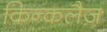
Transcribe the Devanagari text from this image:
किन्कलैज़